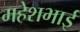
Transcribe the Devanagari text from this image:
महेशभाई